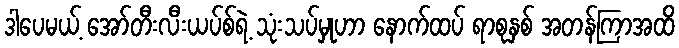
ဒါပေမယ့် အော်တီးလီးယပ်စ်ရဲ့ သုံးသပ်မှုဟာ နောက်ထပ် ရာစုနှစ် အတန်ကြာအထိ